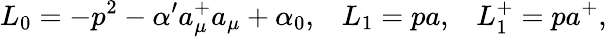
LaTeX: L_{0}=-p^{2}-\alpha^{\prime}a_{\mu}^{+}a_{\mu}+\alpha_{0},\; \; \; L_{1}=pa,\; \; \; L_{1}^{+}=pa^{+},